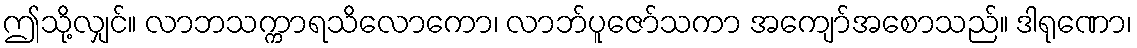
ဤသို့လျှင်။ လာဘသက္ကာရသိလောကော၊ လာဘ်ပူဇော်သကာ အကျော်အစောသည်။ ဒါရုဏော၊